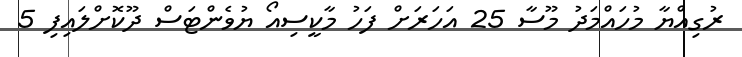
ރުގިއްޔާ މުހައްމަދު މޫސާ 25 އަހަރަށް ފަހު މާކީސިއޯ ޔުވެންޓަސް ދޫކޮށްލައިފި 5